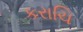
કરાચિ